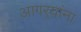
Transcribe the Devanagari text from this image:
आगर्‍यांना